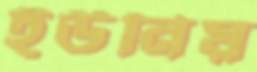
ইউনিয়